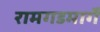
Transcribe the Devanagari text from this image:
रामगडमार्गे